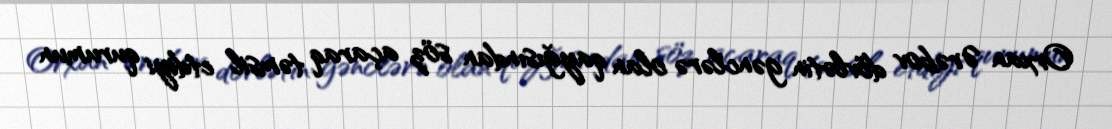
Orxan Ərəbov dövlətin gənclərə olan qayğısından söz açaraq təmsil etdiyi qurumun